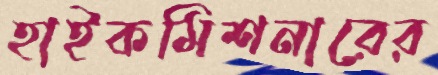
হাইকমিশনারের